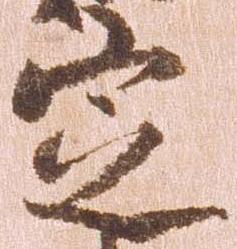
定